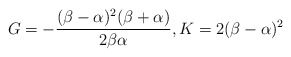
\begin{align*}G=-\frac{(\beta-\alpha)^2(\beta+\alpha)}{2\beta\alpha}, K=2(\beta-\alpha)^2\end{align*}